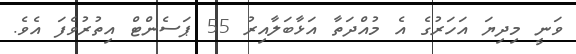
ވަނީ މިދިޔަ އަހަރުގެ އެ މުއްދަތާ އަޅާބަލާއިރު 55 ޕަސެންޓް އިތުރުވެފަ އެވެ.